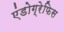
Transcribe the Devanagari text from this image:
एंडोग्रेफिस